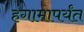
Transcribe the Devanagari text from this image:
हंगामापर्यंत